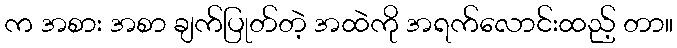
က အစား အစာ ချက်ပြုတ်တဲ့ အထဲကို အရက်လောင်းထည့် တာ။